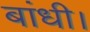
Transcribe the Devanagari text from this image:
बांधी।